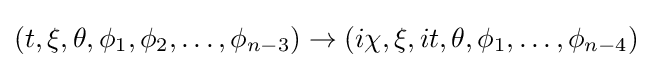
\left(t,\xi ,\theta ,\phi _{1},\phi _{2},\ldots ,\phi _{n-3}\right)\to \left(i\chi ,\xi ,it,\theta ,\phi _{1},\ldots ,\phi _{n-4}\right)